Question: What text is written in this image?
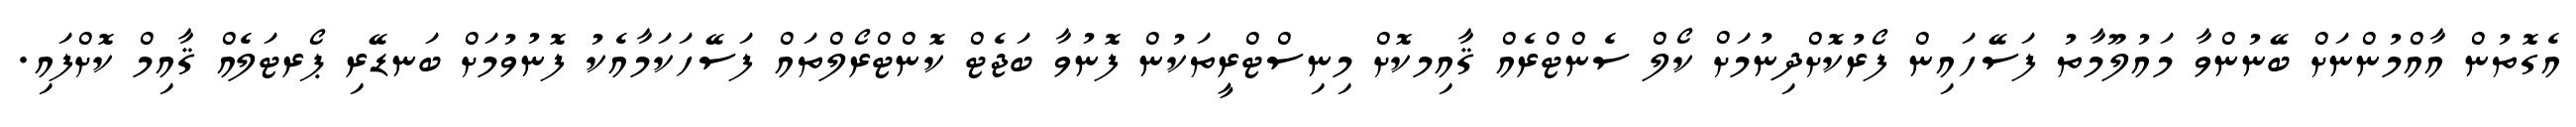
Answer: އެގޮތުން އާއްމުންނަށް ބޭނުންވާ މައުލޫމާތު ފަސޭހައިން ފޯރުކޮށްދިނުމަށް ކޯލް ސެންޓްރެއް ޤާއިމކޮށް މިނިސްޓްރީތަކުން ފޮނުވާ ބަޖެޓް ކޮންޓްރޯލްތައް ފަސޭހަކަމާއެކު ފޮނުވުމަށް ބަނޑޭރި ޕޯރޓަލެއް ޤާއިމް ކޮށްފައި.